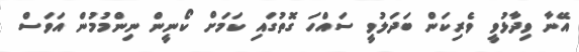
އޭނާ ވިދާޅުވީ ވެރިކަން ބަދަލުވީ ސައްހަ ގޮތުގައި ކަމަށް ކޯނީން ނިންމުމުން އަވަސް